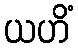
ယဟိံ